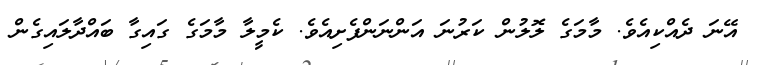
އޭނަ ދެއްކިއެވެ. މާމަގެ ލޮލުން ކަރުނަ އަންނަންފެށިއެވެ. ކެމީލާ މާމަގެ ގައިގާ ބައްދާލައިގެން